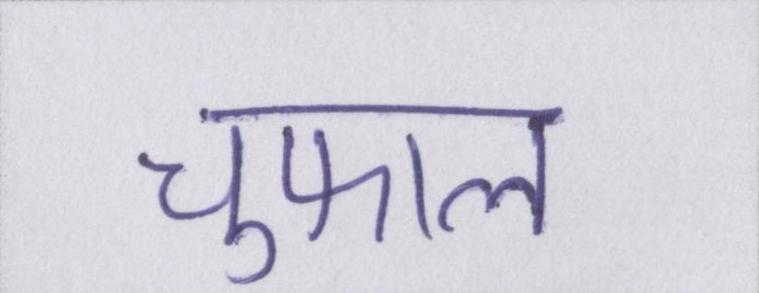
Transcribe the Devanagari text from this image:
चुफाल